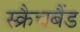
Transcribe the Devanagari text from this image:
स्क्रैचबैंड